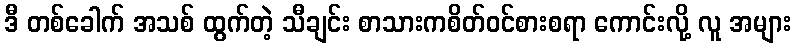
ဒီ တစ်ခေါက် အသစ် ထွက်တဲ့ သီချင်း စာသားကစိတ်ဝင်စားစရာ ကောင်းလို့ လူ အများ